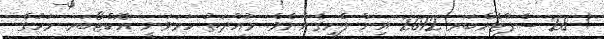
! 28 ސެޕްޓެމްބަރ 2012 އިން ފެށިގެންނެވެ. މުއްދަތު ހަމަވަނީ އޮކްޓޯބަރ މަހުގެ